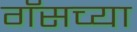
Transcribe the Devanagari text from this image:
गॅसच्या